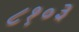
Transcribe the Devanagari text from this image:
८१०३